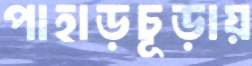
পাহাড়চূড়ায়